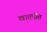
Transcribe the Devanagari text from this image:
खातपीत